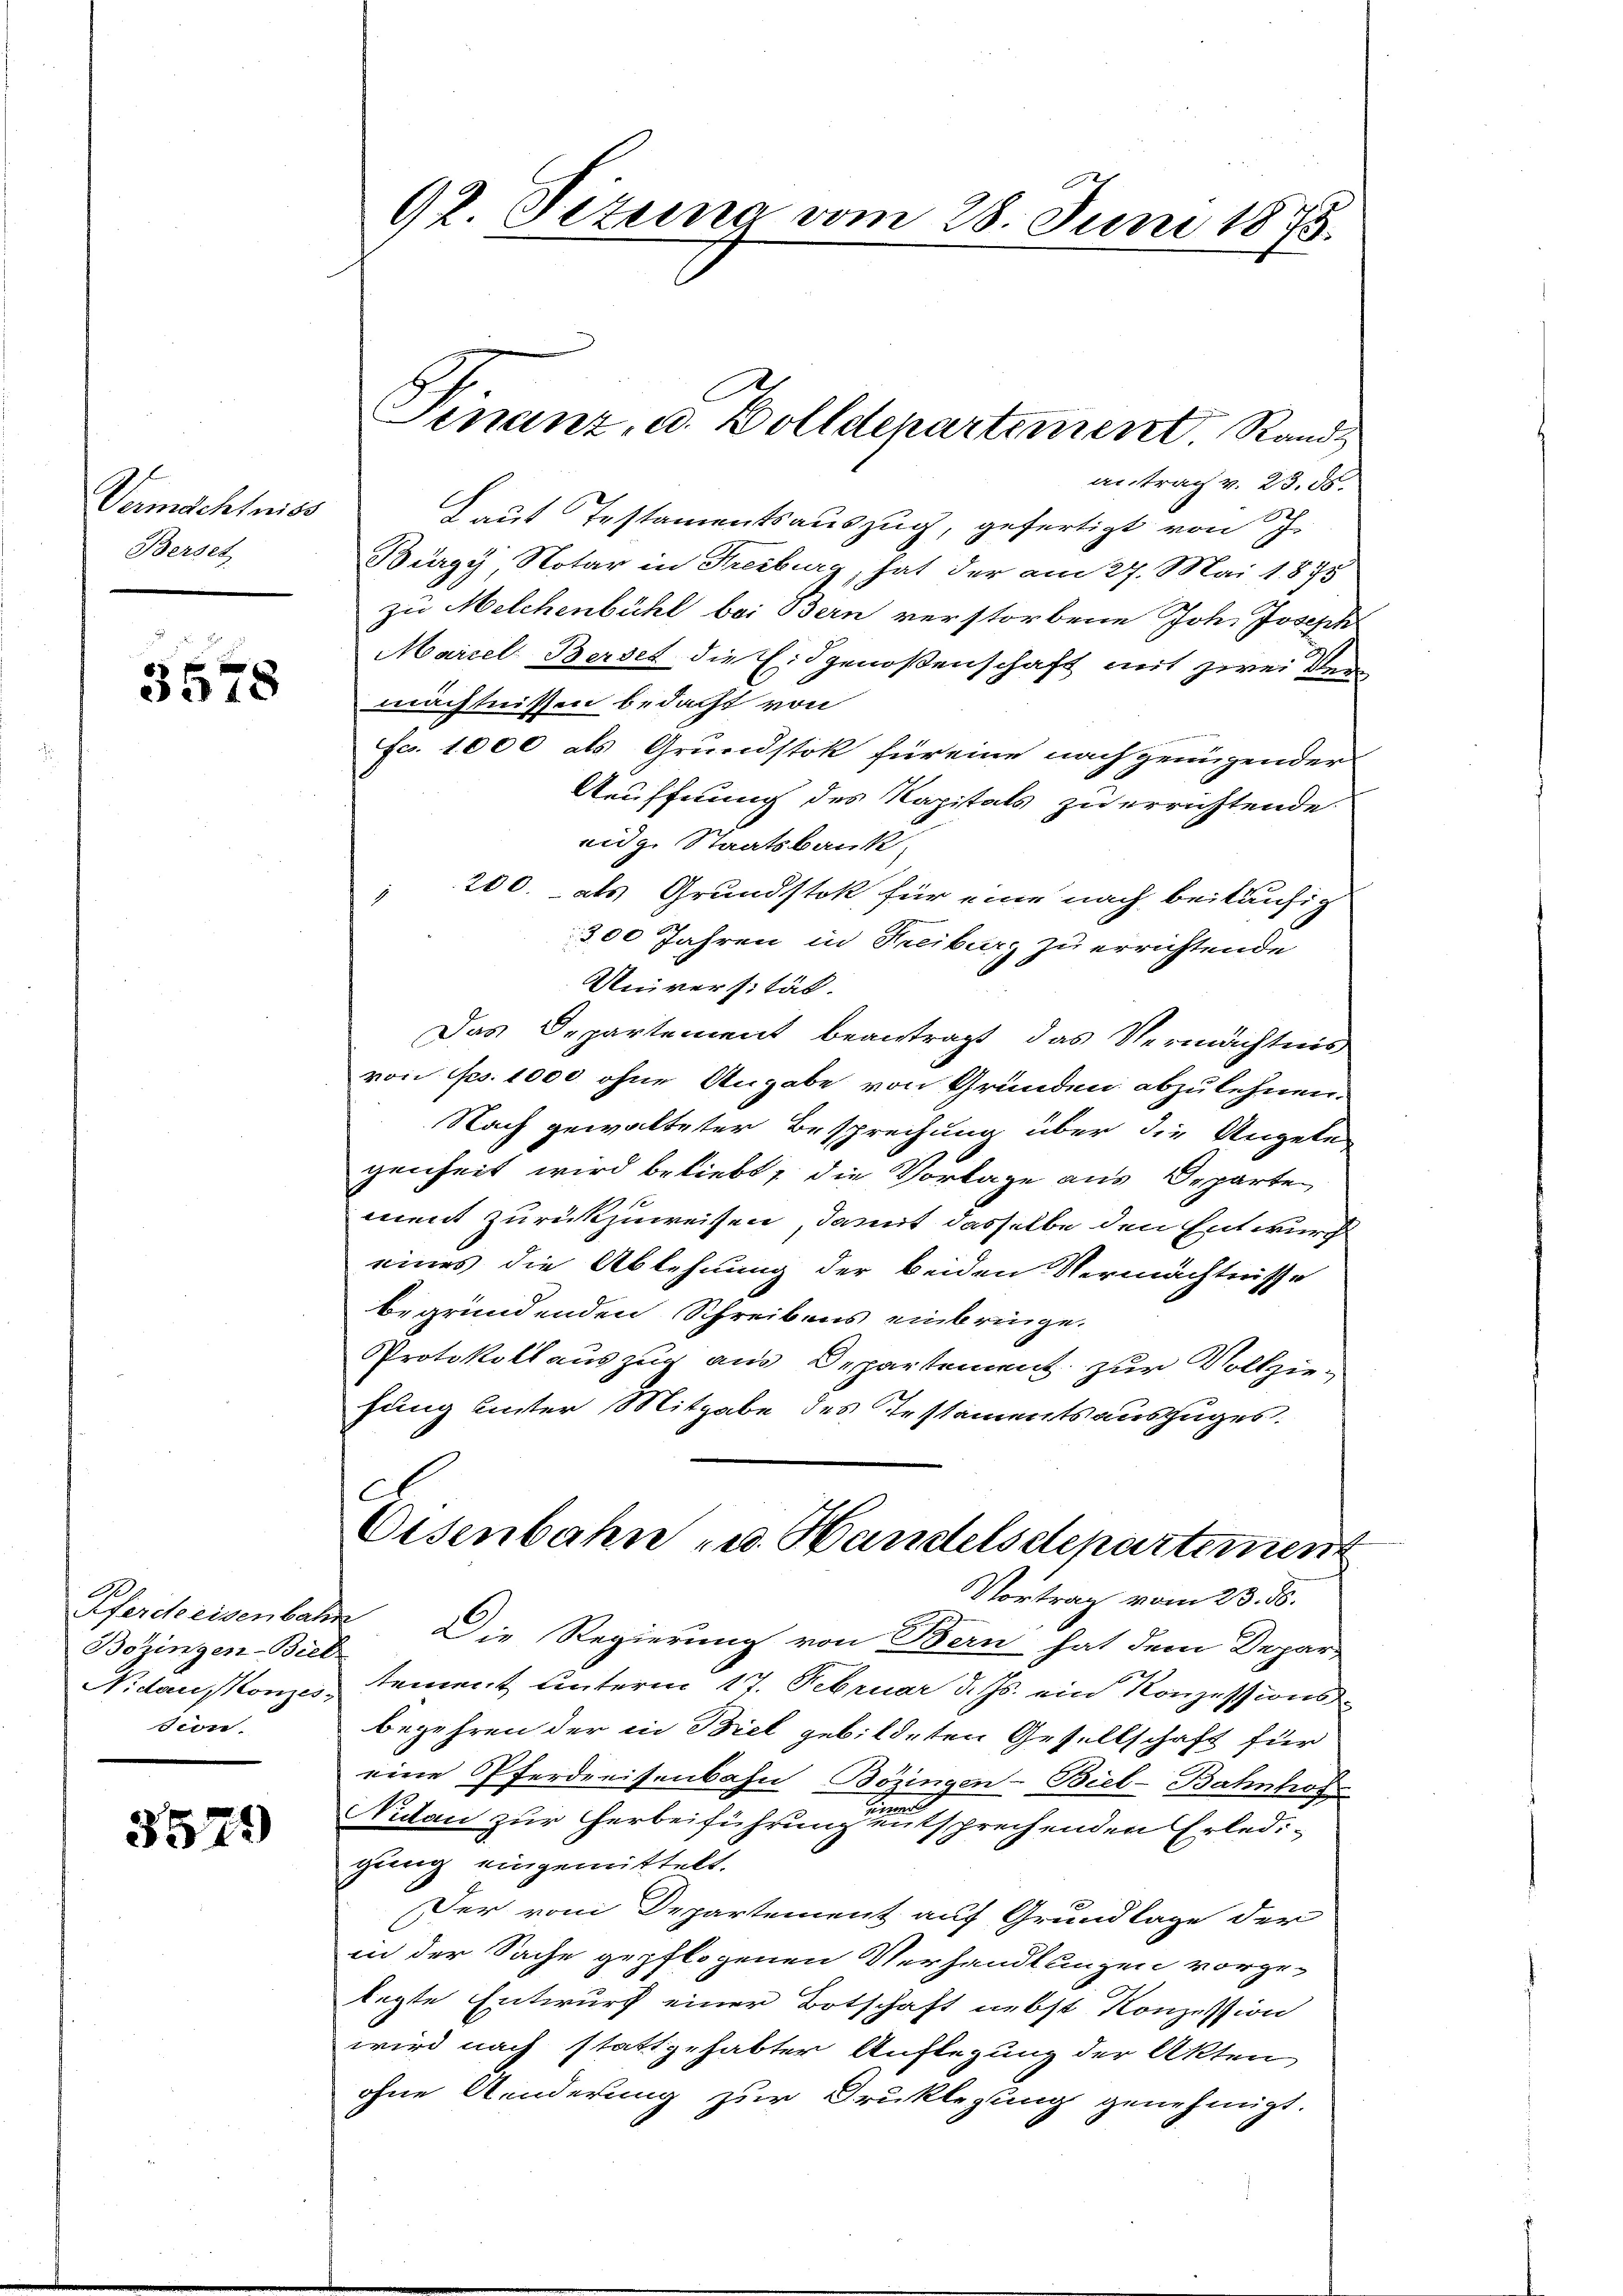
Vermächtniss
Berset

3578

Pferdeeisenbahn
Bozingen-Biel
Nidauskonzes
sion.

3579)

92 Sizung vom 28. Juni 1875.

antrag v. 23. ds.
aut Testamentsauszug, gefertigt von J
Bürgy Notar in Freiburg, hat der am 27. Mai 1874
zu Melchenbühl bei Bern verstorbene Joh. Joseph
Marzel Berdet die Eidgenoßenschaft mit zwei Der
mächtnissen bedacht von
fc. 1000 als Grundstok für eine nach genügender
Reöffnung des Kapitals zu errichtende
eidg. Staatsbank
200. als Grundstok für eine nach beiläufig
2
300 Jahren in Treiburg zu errichtende
Universität.
Das Departement beantragt das Vermächtnis
von Frs. 1000 ohne Angabe von Gründen abzulehnen.
Nach gewalteter Besprechung über die Angele
genheit wird beliebt, die Vorlage aus Departe
ment zurückzuweisen, damit dasselbe den Entwurf
eines die Ablehnung der beiden Vermächtnisse
begründenden Schreibens einbringe.
Protokollauszug aus Departement zur Vollziehung unter Mitgabe des Testaments auszuges.
Eisenbahn u. Handelsdepartement
Vortrag vom 23. d.
 Die Regierung von Bern hat dem Depar-
tement unterm 17. Februar d. Js. ein Konzessionsbegehren der in Biel gebildeten Gesellschaft für
eine Pferdreisenbahn Bözingen-Biel-Bahnhof
Nidau zur Herbeiführung entsprechenden Erledigung eingemittelt.
Der vom Departement auf Grundlage der
in der Sache gepflogenen Verhandlungen vorge-
legte Entwurf einer Botschaft nebst Konzession
wird nach stattgehabter Auflegung der Akten
ohne Aenderung zur Druklegung genehmigt.

Finanz- u. Zolldepartement Rand